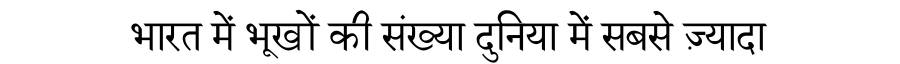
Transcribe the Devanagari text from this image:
भारत में भूखों की संख्या दुनिया में सबसे ज़्यादा